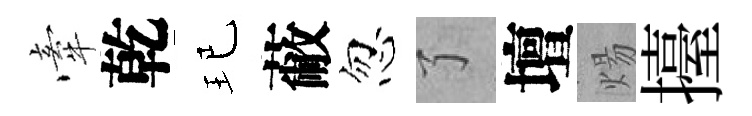
牽乾玘蔽忽了壇煬擡